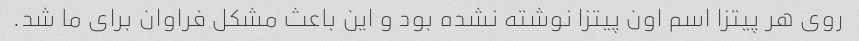
روی هر پیتزا اسم اون پیتزا نوشته نشده بود و این باعث مشکل فراوان برای ما شد.